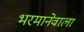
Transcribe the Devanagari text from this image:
भरमानेवाला